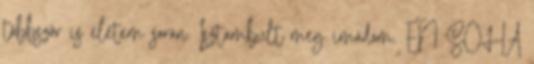
többször is életem során. Isztambult meg imádom. ÉN SOHA